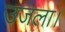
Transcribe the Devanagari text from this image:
उजला।